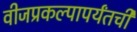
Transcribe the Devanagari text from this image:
वीजप्रकल्पापर्यंतची